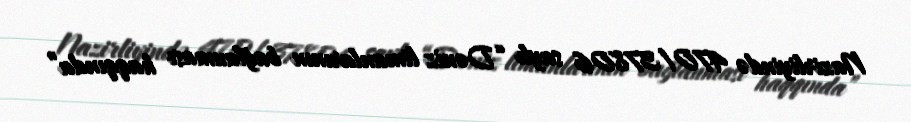
Nazirliyində 470/37806 saylı “Dəniz limanlarının bağlanması haqqında”